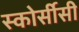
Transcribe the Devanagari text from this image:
स्कोर्सीसी